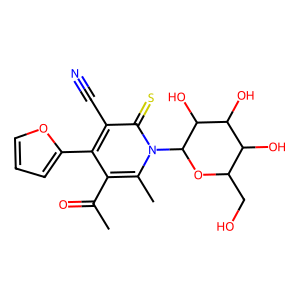
SMILES: CC(=O)c1c(-c2ccco2)c(C#N)c(=S)n(C2OC(CO)C(O)C(O)C2O)c1C
Inhibits HIV replication: No